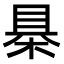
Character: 㮂